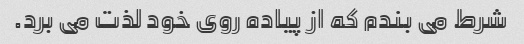
شرط می بندم که از پیاده روی خود لذت می برد.